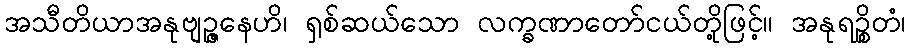
အသီတိယာအနုဗျဉ္ဇနေဟိ၊ ရှစ်ဆယ်သော လက္ခဏာတော်ငယ်တို့ဖြင့်။ အနုရဉ္စိတံ၊